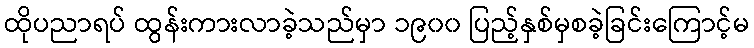
ထိုပညာရပ် ထွန်းကားလာခဲ့သည်မှာ ၁၉၀၀ ပြည့်နှစ်မှစခဲ့ခြင်းကြောင့်မ